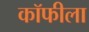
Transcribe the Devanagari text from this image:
कॉफीला